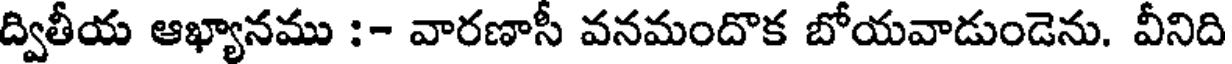
ద్వితీయ ఆఖ్యానము :- వారణాసీ వనమందొక బోయవాడుండెను. వీనిది